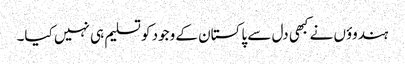
ہندوؤں نے کبھی دل سے پاکستان کے وجود کو تسلیم ہی نہیں کیا۔